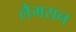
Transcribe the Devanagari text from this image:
लैमसन